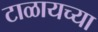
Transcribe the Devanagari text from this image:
टाळायच्या